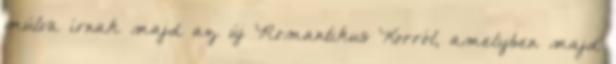
múlva írnak majd az új Romantikus Korról, amelyben majd